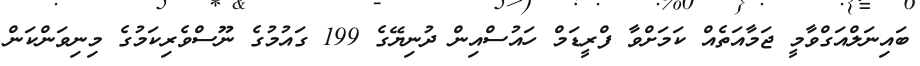
ބައިނަލްއަގްވާމީ ޖަމާއަތެއް ކަމަށްވާ ފްރީޑަމް ހައުސްއިން ދުނިޔޭގެ 199 ގައުމުގެ ނޫސްވެރިކަމުގެ މިނިވަންކަން